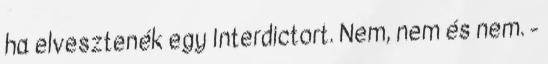
ha elvesztenék egy Interdictort. Nem, nem és nem. -